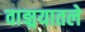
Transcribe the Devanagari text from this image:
वाङ्मयातले